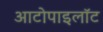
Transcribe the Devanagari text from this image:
आटोपाइलॉट